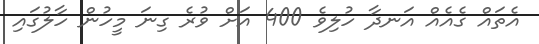
އެތައް ގެއެއް އަނދާ ހުލިވެ 400 އަށް ވުރެ ގިނަ މީހުން ހާލުގައި